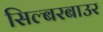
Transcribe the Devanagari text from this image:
सिल्बरबाउर